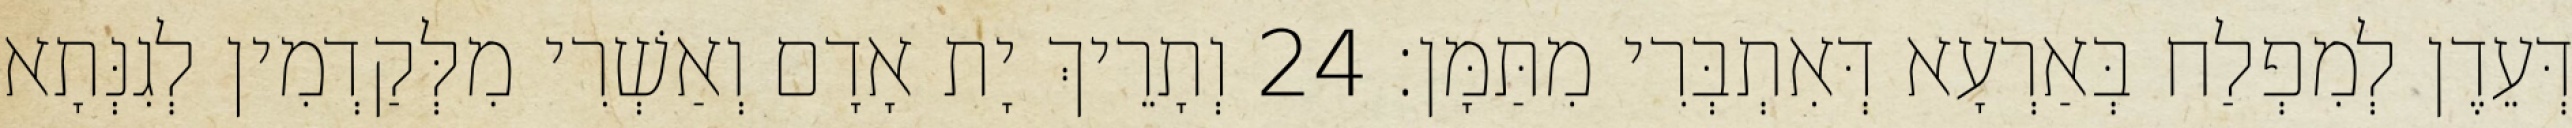
דְּעֵדֶן לְמִפְלַח בְּאַרְעָא דְּאִתְבְּרִי מִתַּמָּן׃ 24 וְתָרֵיךְ יָת אָדָם וְאַשְׁרִי מִלְּקַדְמִין לְגִנְּתָא